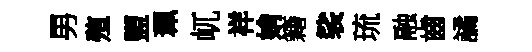
男殖盥珮屼祥姢籍裟琉融齒譎